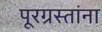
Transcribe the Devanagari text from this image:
पूरग्रस्‍तांना